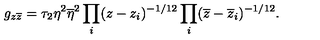
g _ { z \overline { { z } } } = \tau _ { 2 } \eta ^ { 2 } \overline { { \eta } } ^ { 2 } \prod _ { i } ( z - z _ { i } ) ^ { - 1 / 1 2 } \prod _ { i } ( \overline { { z } } - \overline { { z } } _ { i } ) ^ { - 1 / 1 2 } .